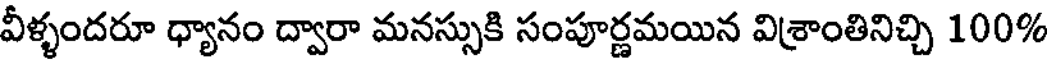
వీళ్ళందరూ ధ్యానం ద్వారా మనస్సుకి సంపూర్ణమయిన విశ్రాంతినిచ్చి 100%